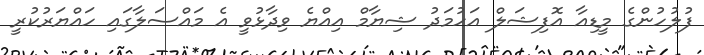
ފުލުހުންގެ މީޑިއާ އޮފިޝަލް އަހުމަދު ޝިޔާމް އިއްޔެ ވިދާޅުވީ އެ މައްސަލާގައި ހައްޔަރުކުރީ